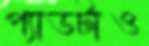
প্যাডটাও